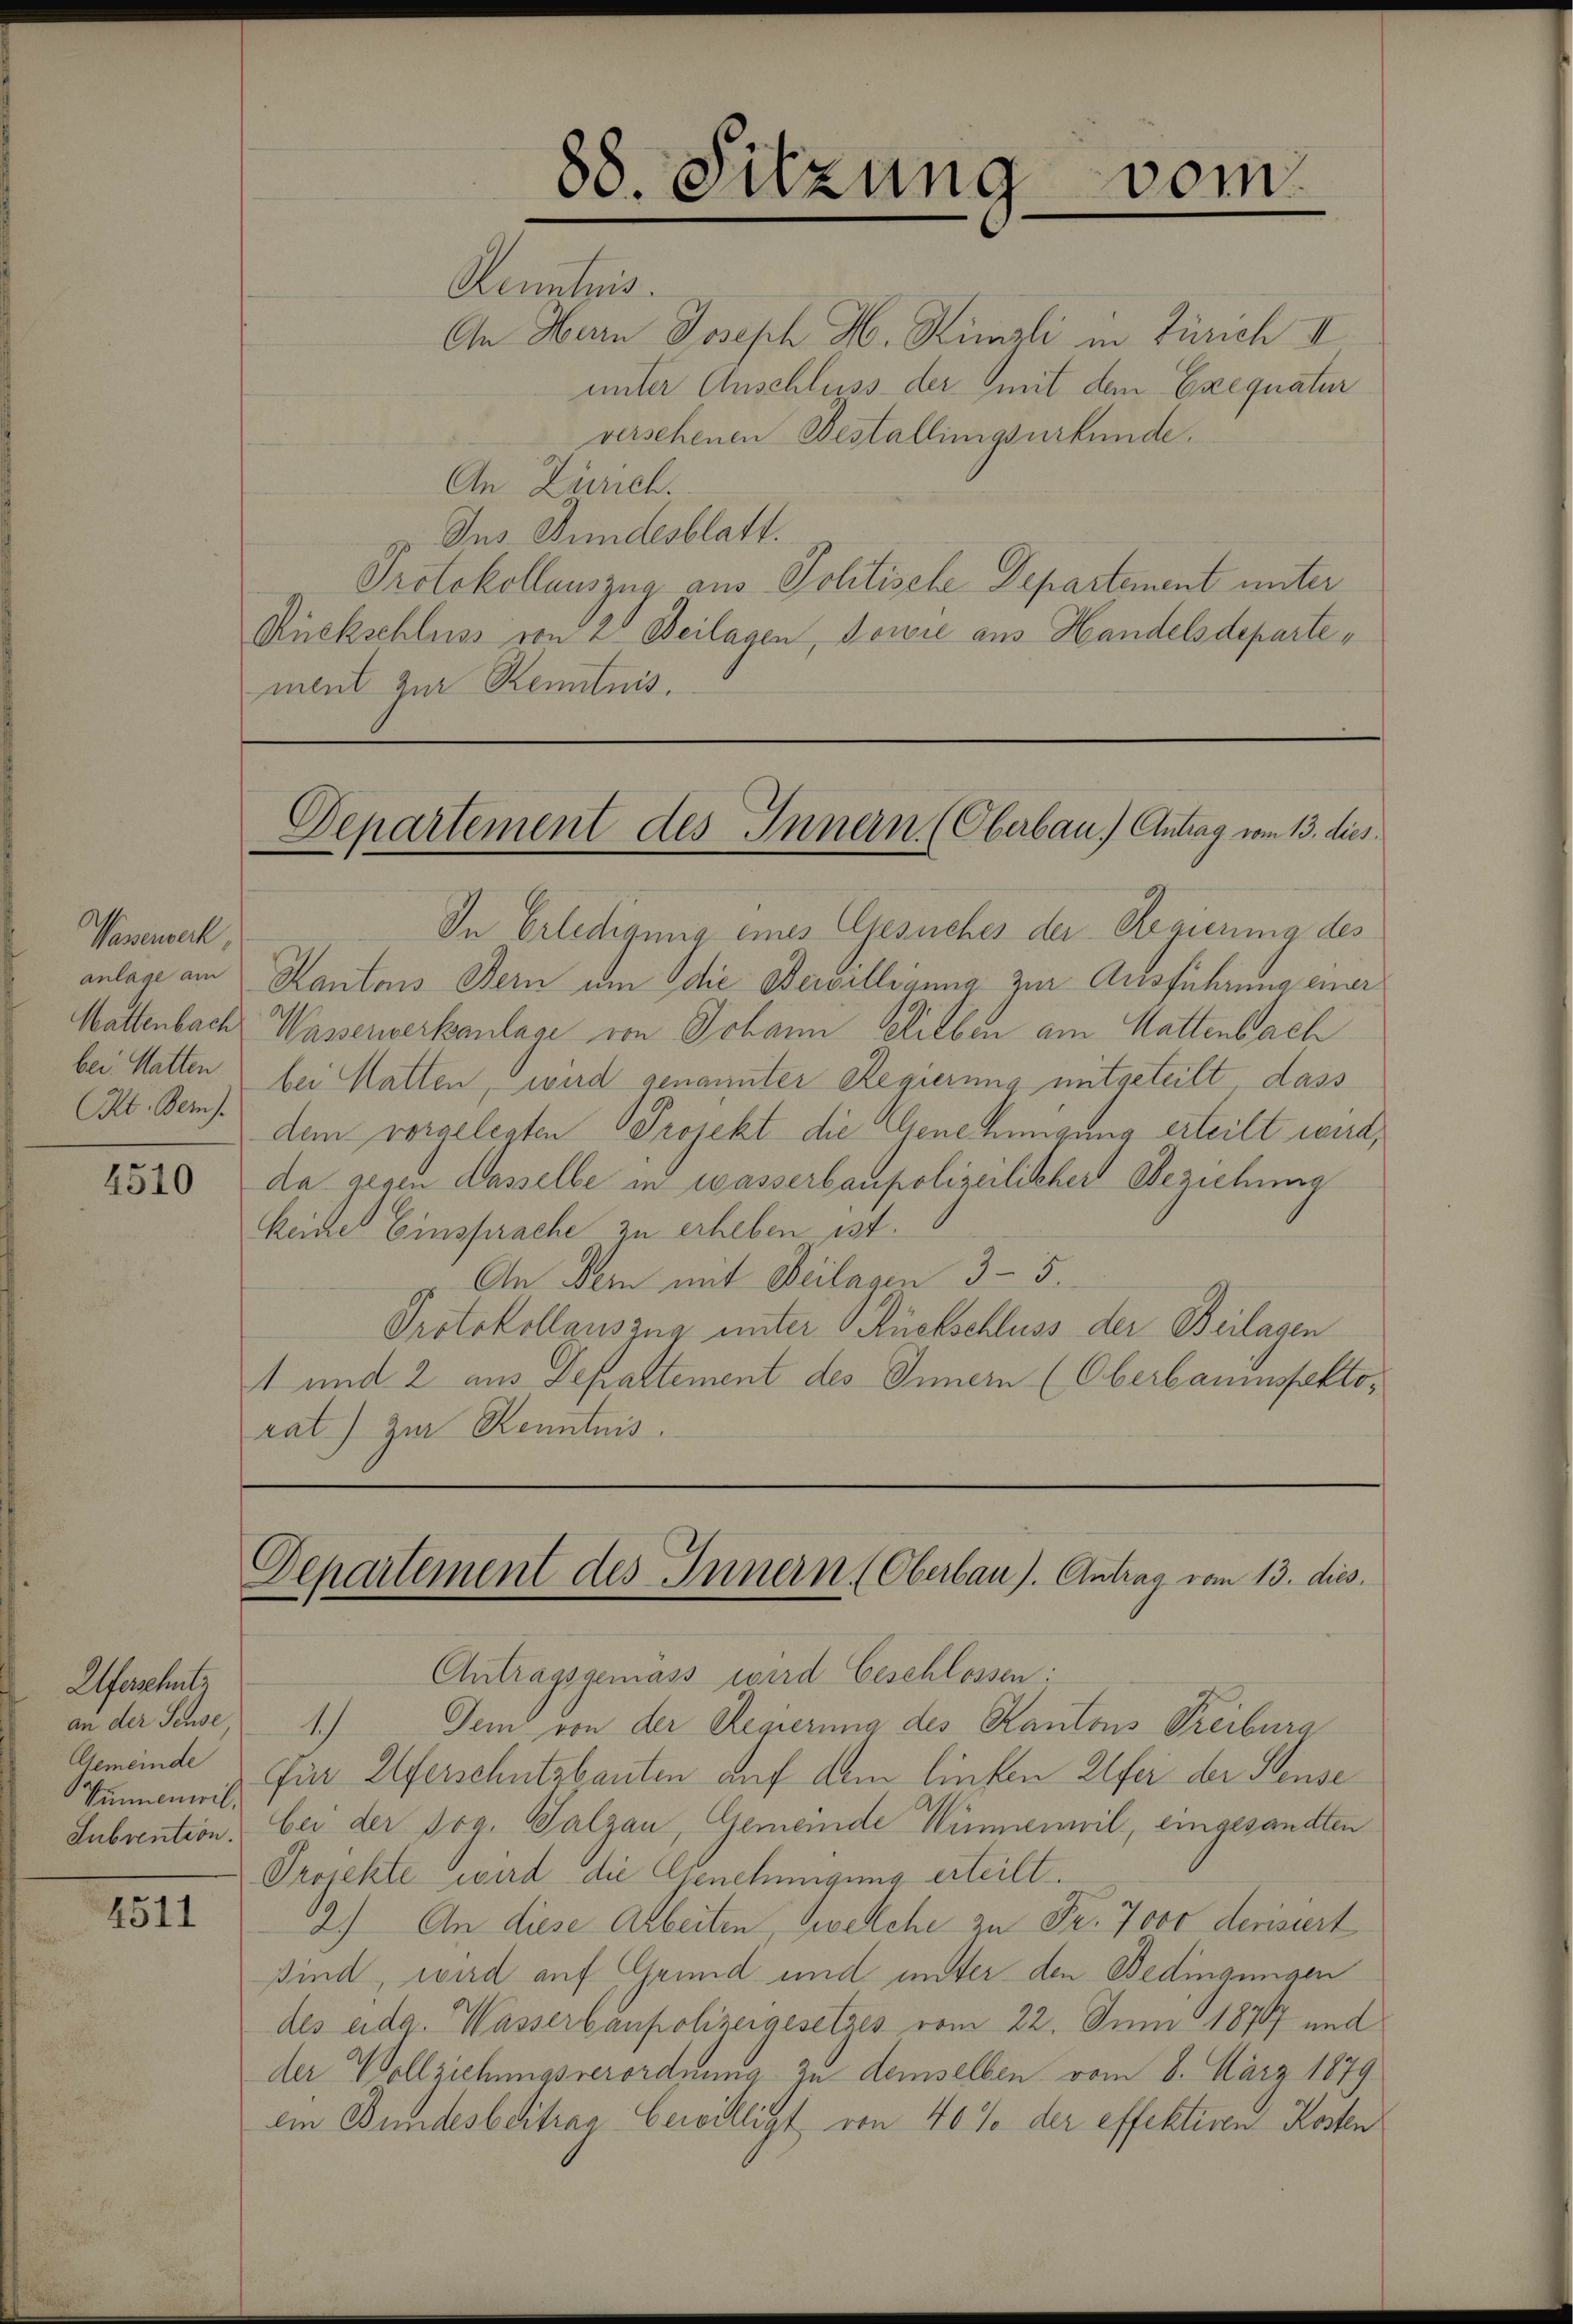
Vasenbeck,
Kt. Bern).

4510

Alferschutz
an der Sense
Wunnenwil¬

4511

88. Sitzung
Kenntnis.
An Hern Joseph H. Kimsli in Zürich II

vom

unter Anschluss der mit dem Exequatur
versehenen Bestallingsurkunde.
An Zürich.
Jus Bundesblatt.
Protokollauszug aus Politische Departement unter
Rückschluss von 20 Beilagen, sowie aus Handelsdepartement zur Kenntnis.

Departement des Innern (Oberbau. Antrag vom 13. dies

In Erledigung eines Gesuches der Regierung des
anlage am Kantons Bern um die Bewilligung zur Ausführung einer
Wattenbach Wasserverkanlase von Johann Lieben am Mattenbach
bei. Matten bei Matten, wird genannter Regierung mitgeteilt dass
dem vorgelegten Projekt die Genehmigung erteilt wird,
da gegen Wasselbe in wasserbaupolizeilischer Beziehung
Reiche Einsprache zu erheben ist.
An Dein mit Beilagen 35.
Protokollauszug unter Rückschluss der Beilagen
1 und 2 aus Departement des Innern (Oberbaumsfaktorat) zur Kenntnis.

Departement des Innern (Oberbau). Antrag vom 13. dies

Antragsgemäss wird beschlossen:
1.) Dem von der Regierung des Kantons Treiburg
Gemeinde für Alferschutzbauten auf Am linken Ufer der Sense
Subvention: bei der sog. Salzau, Gemeinde Wimmenwil, eingesandten
Projekte wird die Genehmigung erteilt.
2) An diese Arbeiten, welche zu Fr. 7000 derisiert
sind, wird auf Grund und unter den Bedingungen
des eida. Wasserbaupolizeigesetzes vom 22. Juni 1877 und
der Vollziehungsverordnung zu demselben vom 8. März 1879
ein Bundesbeitrag bewilligt von 40% der effektiven Kosten